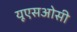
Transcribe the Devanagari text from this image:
यूएसओसी